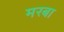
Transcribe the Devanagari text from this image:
मरबा